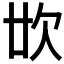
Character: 𣢓